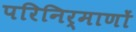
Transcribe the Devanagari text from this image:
परिनिर्माणों